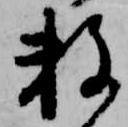
数